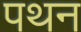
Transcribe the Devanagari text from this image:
पथन